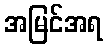
အမြင်အရ